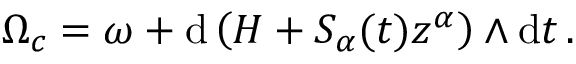
\begin{array} { r } { \Omega _ { c } = \omega + \mathrm { d } \left( H + S _ { \alpha } ( t ) z ^ { \alpha } \right) \wedge \mathrm { d } t \, . } \end{array}